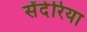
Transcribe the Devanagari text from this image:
सेंदेरिया